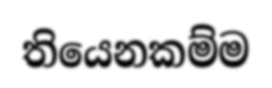
තියෙනකම්ම